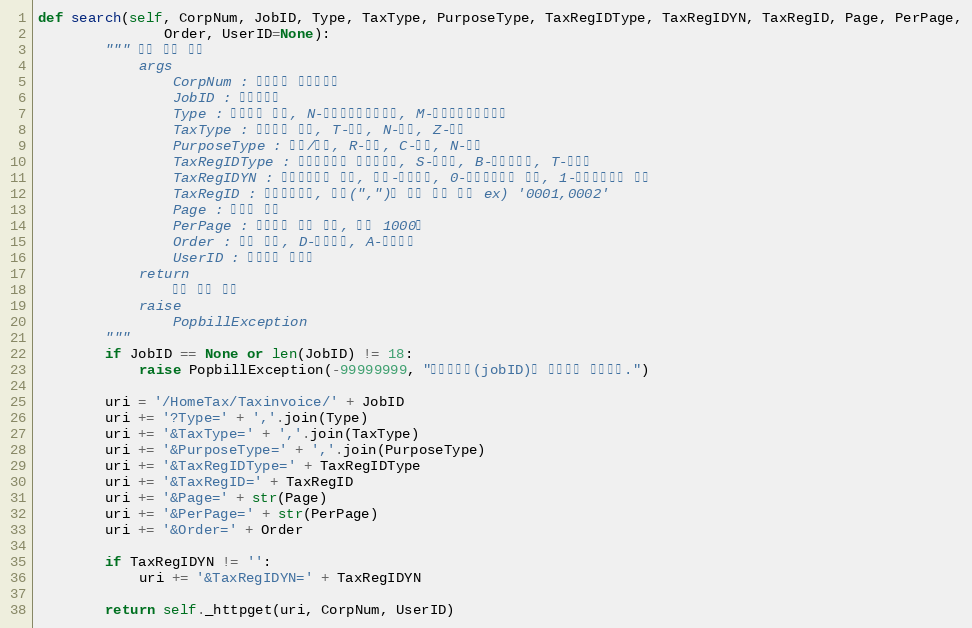
Language: Python
def search(self, CorpNum, JobID, Type, TaxType, PurposeType, TaxRegIDType, TaxRegIDYN, TaxRegID, Page, PerPage,
               Order, UserID=None):
        """ 수집 결과 조회
            args
                CorpNum : 팝빌회원 사업자번호
                JobID : 작업아이디
                Type : 문서형태 배열, N-일반전자세금계산서, M-수정전자세금계산서
                TaxType : 과세형태 배열, T-과세, N-면세, Z-영세
                PurposeType : 영수/청구, R-영수, C-청구, N-없음
                TaxRegIDType : 종사업장번호 사업자유형, S-공급자, B-공급받는자, T-수탁자
                TaxRegIDYN : 종사업장번호 유무, 공백-전체조회, 0-종사업장번호 없음, 1-종사업장번호 있음
                TaxRegID : 종사업장번호, 콤마(",")로 구분 하여 구성 ex) '0001,0002'
                Page : 페이지 번호
                PerPage : 페이지당 목록 개수, 최대 1000개
                Order : 정렬 방향, D-내림차순, A-오름차순
                UserID : 팝빌회원 아이디
            return
                수집 결과 정보
            raise
                PopbillException
        """
        if JobID == None or len(JobID) != 18:
            raise PopbillException(-99999999, "작업아이디(jobID)가 올바르지 않습니다.")

        uri = '/HomeTax/Taxinvoice/' + JobID
        uri += '?Type=' + ','.join(Type)
        uri += '&TaxType=' + ','.join(TaxType)
        uri += '&PurposeType=' + ','.join(PurposeType)
        uri += '&TaxRegIDType=' + TaxRegIDType
        uri += '&TaxRegID=' + TaxRegID
        uri += '&Page=' + str(Page)
        uri += '&PerPage=' + str(PerPage)
        uri += '&Order=' + Order

        if TaxRegIDYN != '':
            uri += '&TaxRegIDYN=' + TaxRegIDYN

        return self._httpget(uri, CorpNum, UserID)